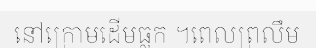
នៅក្រោមដើមធ្លក ។ពេលព្រលឹម